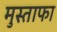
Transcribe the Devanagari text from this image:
मुस्ताफा